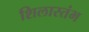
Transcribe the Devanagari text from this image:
शिलास्तंभ